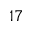
^ { 1 7 }